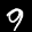
Label: 9